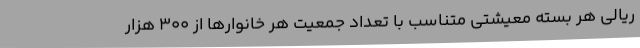
ریالی هر بسته معیشتی متناسب با تعداد جمعیت هر خانوارها از 300 هزار